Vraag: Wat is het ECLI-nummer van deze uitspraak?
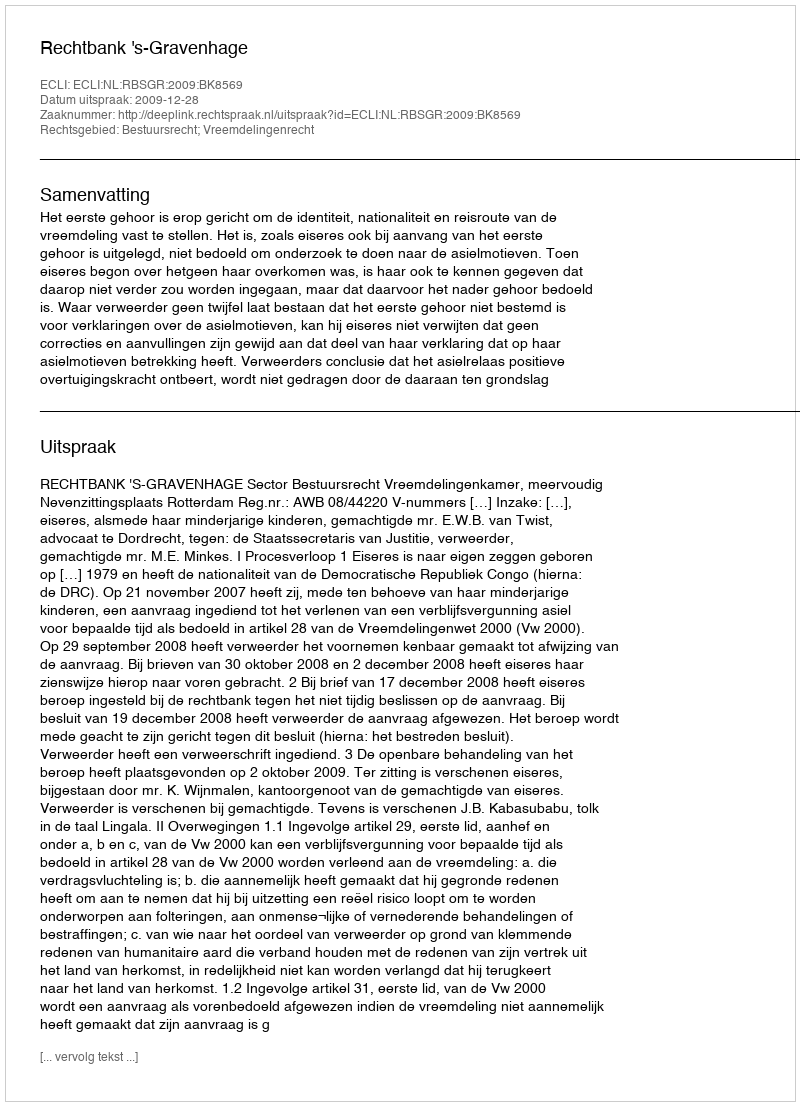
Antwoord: ECLI:NL:RBSGR:2009:BK8569